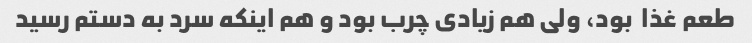
طعم غذا  بود، ولی هم زیادی چرب بود و هم اینکه سرد به دستم رسید